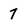
Character: 7